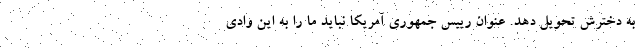
به دخترش تحویل دهد. عنوان رییس جمهوری آمریکا نباید ما را به این وادی